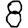
Digit: 8